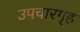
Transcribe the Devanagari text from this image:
उपचारगृह